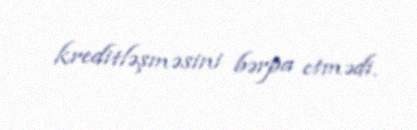
kreditləşməsini bərpa etmədi.